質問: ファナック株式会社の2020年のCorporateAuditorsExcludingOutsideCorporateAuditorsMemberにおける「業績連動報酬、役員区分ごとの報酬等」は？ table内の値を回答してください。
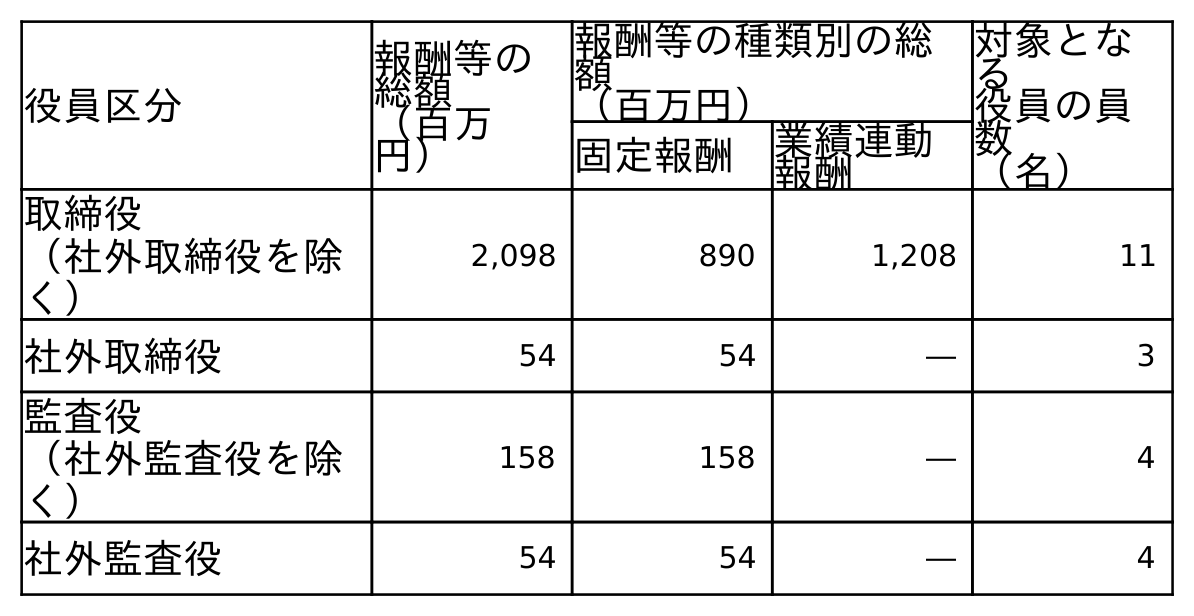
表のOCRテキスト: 役員区分 報酬等の 総額 （百万 円） 報酬等の種類別の総 額 （百万円） 対象とな る 役員の員 数 （名） 固定報酬 業績連動 報酬 取締役 （社外取締役を除 く） 2,098 890 1,208 11 社外取締役 54 54 ― 3 監査役 （社外監査役を除 く） 158 158 ― 4 社外監査役 54 54 ― 4
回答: ―